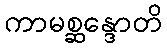
ကာမစ္ဆန္ဒောတိ